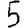
Digit: 5